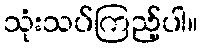
သုံးသပ်ကြည့်ပါ။